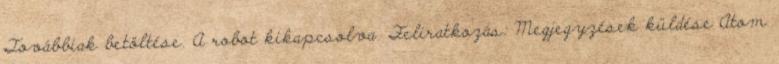
Továbbiak betöltése. A robot kikapcsolva. Feliratkozás: Megjegyzések küldése Atom